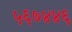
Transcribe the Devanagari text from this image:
५६७४४६